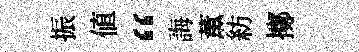
振値“誨薫紡擲